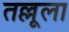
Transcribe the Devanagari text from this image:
तल्लूला